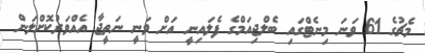
މެޗުގެ 61 ވަނަ މިނެޓްގައި ބެލްޖިއަމްގެ ފެލައިނީ އަށް ވަނީ ނަތީޖާ އެއްވަރުކޮށްލަން